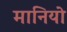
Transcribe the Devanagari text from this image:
मानियो